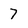
Character: 7